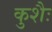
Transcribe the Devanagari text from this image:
कुशैः